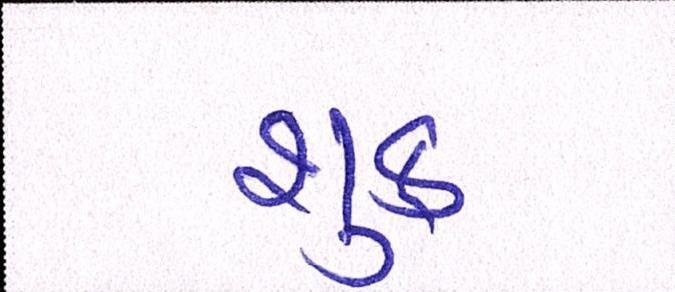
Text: શુક્ર